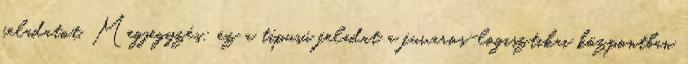
feladatot. Megjegyzés: ez a típusú feladat a fuvaros-logisztikai központban